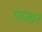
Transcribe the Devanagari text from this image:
पाखर